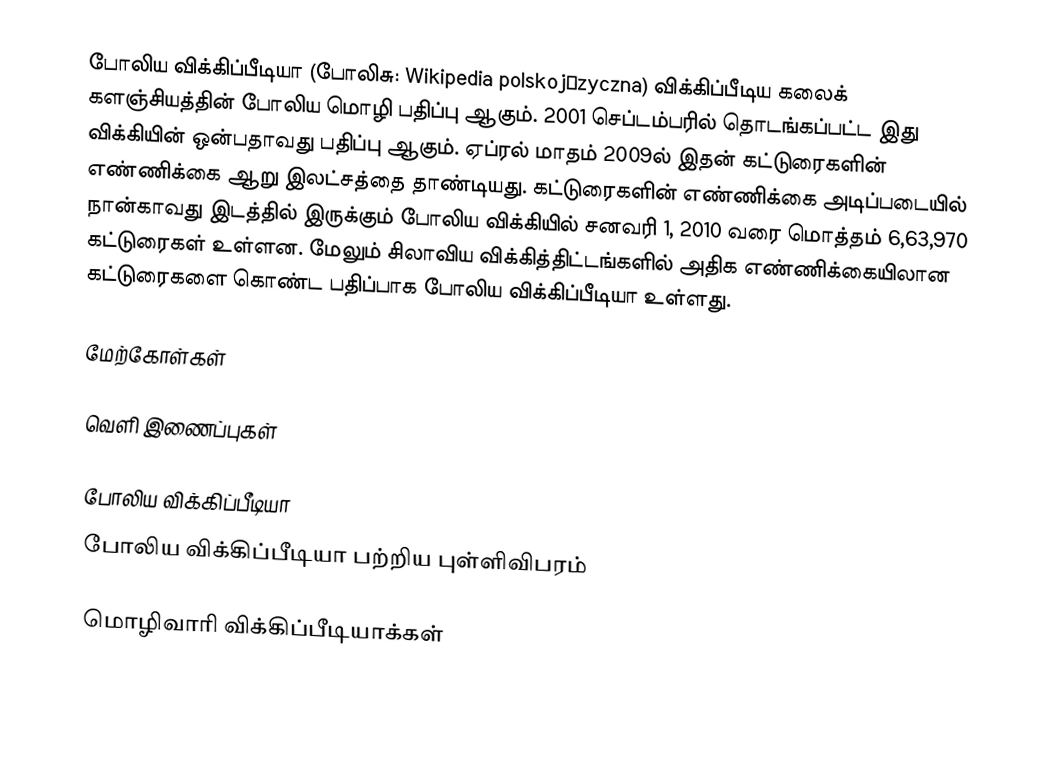
போலிய விக்கிப்பீடியா (போலிசு: Wikipedia polskojęzyczna) விக்கிப்பீடிய கலைக் களஞ்சியத்தின் போலிய மொழி பதிப்பு ஆகும். 2001 செப்டம்பரில் தொடங்கப்பட்ட இது விக்கியின் ஒன்பதாவது பதிப்பு ஆகும். ஏப்ரல் மாதம் 2009ல் இதன் கட்டுரைகளின் எண்ணிக்கை ஆறு இலட்சத்தை தாண்டியது. கட்டுரைகளின் எண்ணிக்கை அடிப்படையில் நான்காவது இடத்தில் இருக்கும் போலிய விக்கியில் சனவரி 1, 2010 வரை மொத்தம்  6,63,970 கட்டுரைகள் உள்ளன. மேலும் சிலாவிய விக்கித்திட்டங்களில் அதிக எண்ணிக்கையிலான கட்டுரைகளை கொண்ட பதிப்பாக போலிய விக்கிப்பீடியா உள்ளது.

மேற்கோள்கள்

வெளி இணைப்புகள்

போலிய விக்கிப்பீடியா
போலிய விக்கிப்பீடியா பற்றிய புள்ளிவிபரம்

 மொழிவாரி விக்கிப்பீடியாக்கள்